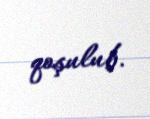
qoşulub.